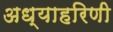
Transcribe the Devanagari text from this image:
अध्याहरिणी